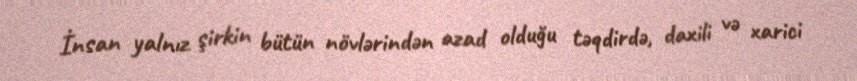
İnsan yalnız şirkin bütün növlərindən azad olduğu təqdirdə, daxili və xarici